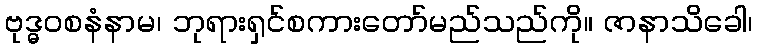
ဗုဒ္ဓဝစနံနာမ၊ ဘုရားရှင်စကားတော်မည်သည်ကို။ ဇာနာသိခေါ၊